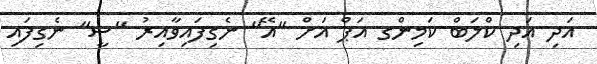
އަދި އަދި ކްލަބް ކަމިންގ އަޕް އަށް "އޭ" ނެގިފައިވާއިރު "ސީ" ނެގިފައި